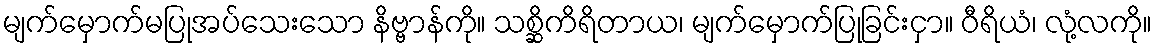
မျက်မှောက်မပြုအပ်သေးသော နိဗ္ဗာန်ကို။ သစ္ဆိကိရိတာယ၊ မျက်မှောက်ပြုခြင်းငှာ။ ဝီရိယံ၊ လုံ့လကို။